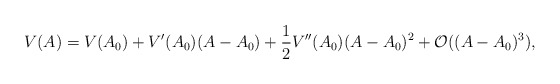
\begin{align*}V(A)= V(A_0) + V'(A_0)(A-A_0) + \frac{1}{2}V''(A_0)(A-A_0)^2 + {\cal O} ((A-A_0)^3),\end{align*}